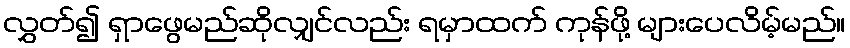
လွှတ်၍ ရှာဖွေမည်ဆိုလျှင်လည်း ရမှာထက် ကုန်ဖို့ များပေလိမ့်မည်။